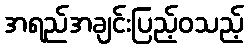
အရည်အချင်းပြည့်ဝသည့်